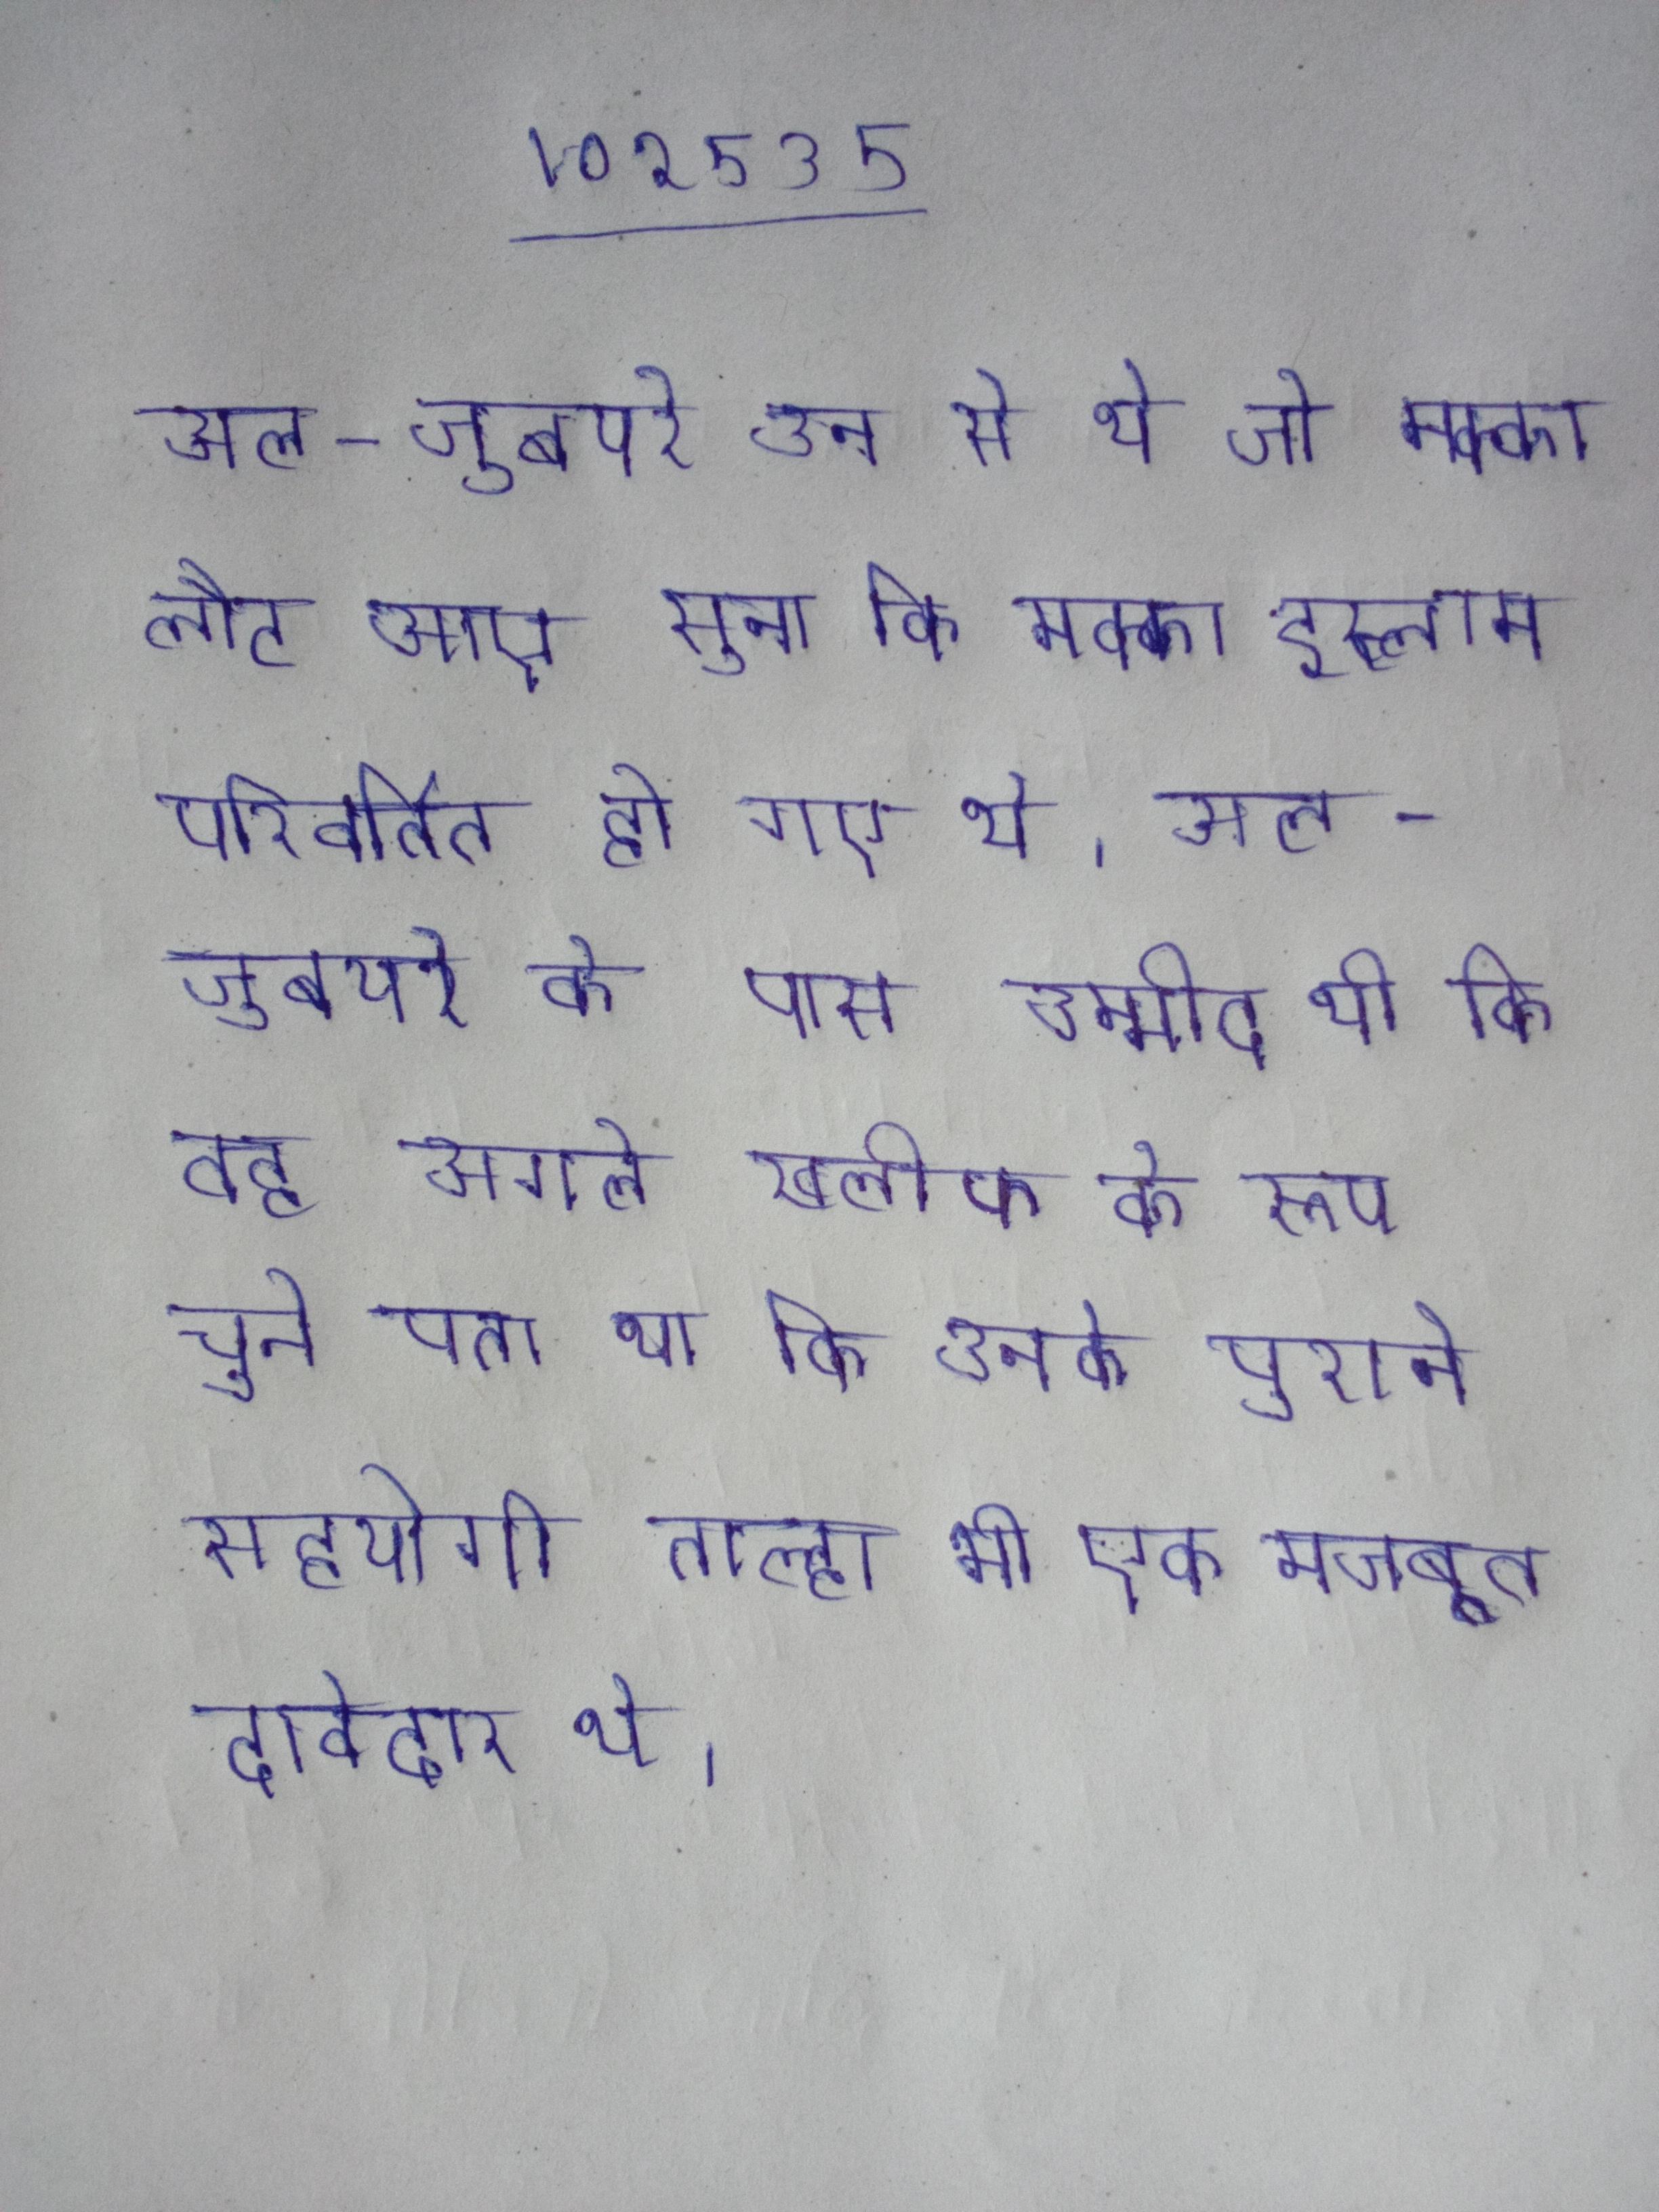
अल-जुबयरे उन से थे जो मक्का लौट आए सुना कि मक्का इस्लाम परिवर्तित हो गए थे । अल-जुबयरे के पास उम्मीद थी कि वह अगले खलीफ के रूप चुने पता था कि उनके पुराने सहयोगी ताल्हा भी एक मजबूत दावेदार थे ।